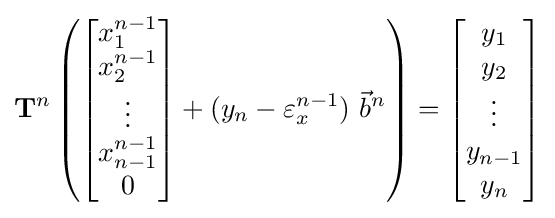
\mathbf {T} ^{n}\left({\begin{bmatrix}x_{1}^{n-1}\\x_{2}^{n-1}\\\vdots \\x_{n-1}^{n-1}\\0\\\end{bmatrix}}+(y_{n}-\varepsilon _{x}^{n-1})\ {\vec {b}}^{n}\right)={\begin{bmatrix}y_{1}\\y_{2}\\\vdots \\y_{n-1}\\y_{n}\end{bmatrix}}